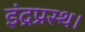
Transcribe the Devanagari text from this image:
इंद्रप्रस्थ।